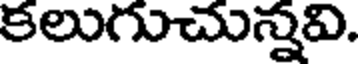
కలుగుచున్నవి.